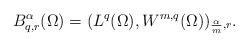
\begin{align*}B_{q,r}^{\alpha}(\Omega)=(L^{q}(\Omega),W^{m,q}(\Omega))_{\frac{\alpha}{m},r}.\end{align*}